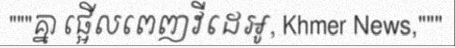
"""គ្នា ផ្អើលពេញវីដេអូ, Khmer News,"""